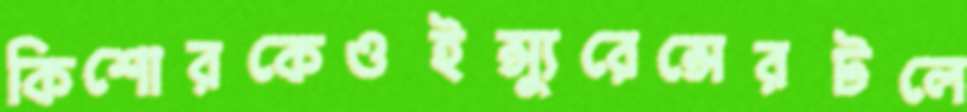
কিশোরকেওইন্স্যুরেন্সেরটলে